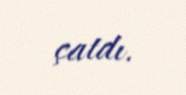
çatdı.